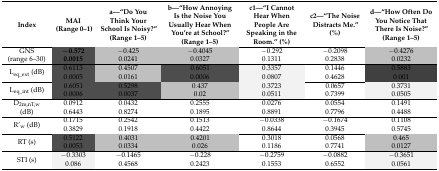
| Index | MAI (Range 0–1) | a—“Do You Think Your School Is Noisy?” (Range 1–5) | b—“How Annoying Is the Noise You Usually Hear When You’re at School?” (Range 1–5) | c1—“I Cannot Hear When People Are Speaking in the Room.” (%) | c2—“The Noise Distracts Me.” (%) | d—“How Often Do You Notice That There Is Noise?” (Range 1–5) |
 | --- | --- | --- | --- | --- | --- | --- |
 | GNS (range 6–30) | −0.5720.0015 | −0.425 0.0241 | −0.4045 0.0327 | −0.292 0.1311 | −0.2098 0.2838 | −0.4276 0.0232 |
 | Leq_ext (dB) | 0.6113 0.0005 | 0.4507 0.0161 | 0.6051 0.0006 | 0.3357 0.0807 | 0.1446 0.4628 | 0.5883 0.001 |
 | Leq_int (dB) | 0.6051 0.0006 | 0.5298 0.0037 | 0.437 0.02 | 0.3723 0.0511 | 0.0657 0.7399 | 0.3731 0.0505 |
 | D2m,nT,w (dB) | 0.0912 0.6443 | 0.0432 0.8274 | 0.2555 0.1895 | 0.0276 0.8891 | 0.0554 0.7796 | 0.1491 0.4488 |
 | R’w (dB) | 0.1715 0.3829 | 0.2542 0.1918 | 0.1513 0.4422 | −0.0338 0.8644 | −0.1674 0.3945 | 0.1108 0.5745 |
 | RT (s) | 0.5122 0.0053 | 0.4031 0.0334 | 0.4201 0.026 | 0.3018 0.1186 | 0.0568 0.7741 | 0.465 0.0127 |
 | STI (s) | −0.3303 0.086 | −0.1465 0.4568 | −0.228 0.2423 | −0.2759 0.1553 | −0.0882 0.6552 | −0.3651 0.0561 |